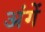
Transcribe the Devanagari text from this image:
अंगें